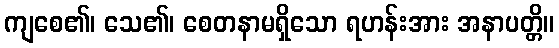
ကျစေ၏၊ သေ၏၊ စေတနာမရှိသော ရဟန်းအား အနာပတ္တိ။